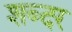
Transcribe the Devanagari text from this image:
शब्दर